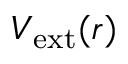
V _ { \mathrm { e x t } } ( r )